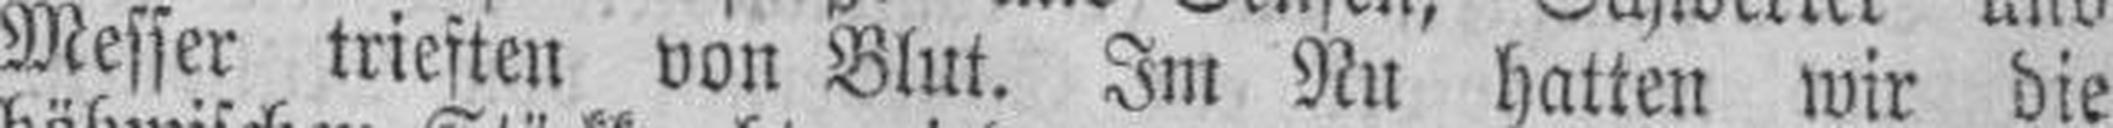
Messer trieften von Blut. Im Nu hatten wir die